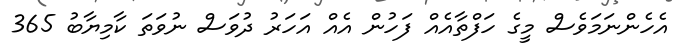
އެހެންނަމަވެސް މީގެ ހަފްތާއެއް ފަހުން އެއް އަހަރު ދުވަސް ނުވަތަ ކާމިޔާބު 365